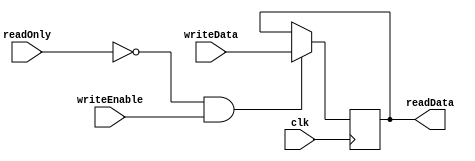
// 
module register #(parameter START_VAL = 0)(
    input wire clk,
    input wire[63:0] writeData,
    input wire writeEnable,
    input wire readOnly,
    output wire[63:0] readData
);

reg [63:0] data;

initial data = START_VAL;
assign readData = data;



always @(posedge clk ) begin
    if(~readOnly & writeEnable) data = writeData;
end


endmodule